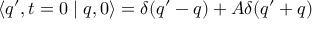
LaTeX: \langle q ^ { \prime } , t = 0 \mid q , 0 \rangle = \delta ( q ^ { \prime } - q ) + A \delta ( q ^ { \prime } + q )